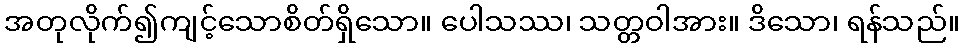
အတုလိုက်၍ကျင့်သောစိတ်ရှိသော။ ပေါသဿ၊ သတ္တဝါအား။ ဒိသော၊ ရန်သည်။